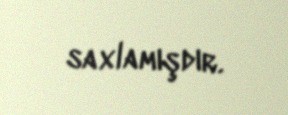
saxlamışdır.